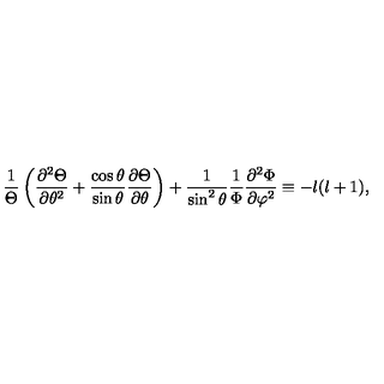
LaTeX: { \frac { 1 } { \Theta } } \left( { \frac { \partial ^ { 2 } \Theta } { \partial \theta ^ { 2 } } } + { \frac { \cos \theta } { \sin \theta } } { \frac { \partial \Theta } { \partial \theta } } \right) + { \frac { 1 } { \sin ^ { 2 } \theta } } { \frac { 1 } { \Phi } } { \frac { \partial ^ { 2 } \Phi } { \partial \varphi ^ { 2 } } } \equiv - l ( l + 1 ) ,